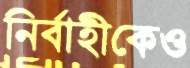
নির্বাহীকেও